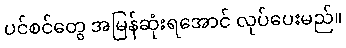
ပင်စင်တွေ အမြန်ဆုံးရအောင် လုပ်ပေးမည်။